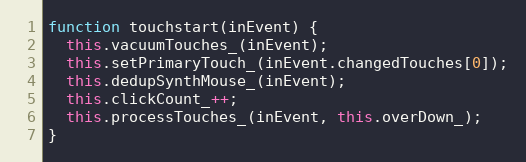
Language: JavaScript
function touchstart(inEvent) {
  this.vacuumTouches_(inEvent);
  this.setPrimaryTouch_(inEvent.changedTouches[0]);
  this.dedupSynthMouse_(inEvent);
  this.clickCount_++;
  this.processTouches_(inEvent, this.overDown_);
}